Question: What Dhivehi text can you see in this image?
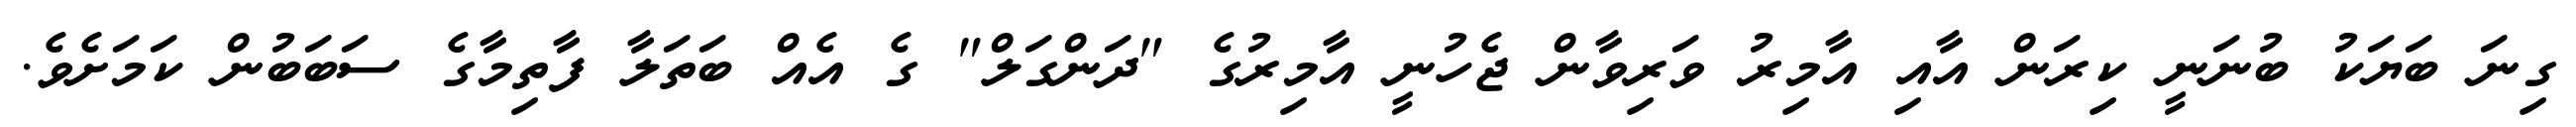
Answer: ގިނަ ބަޔަކު ބުނަނީ ކިރަން އާއި އާމިރު ވަރިވާން ޖެހުނީ އާމިރުގެ "ދަންގަލް" ގެ އެއް ބަތަލާ ފާތިމާގެ ސަބަބުން ކަމަށެވެ.